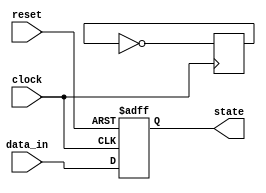
module event_control (
    input wire clock,          // Clock signal
    input wire reset,          // Asynchronous reset signal
    input wire [3:0] data_in,  // Input data
    output reg [3:0] state     // Output state
);

    // Synchronous reset and state update on clock edges
    always @(posedge clock or negedge reset) begin
        if (!reset) begin
            state <= 4'b0000;  // Reset state
        end else begin
            // Update state based on input data
            state <= data_in;   // Update state on positive edge
        end
    end

    // Additional logic on negative edge of clock
    always @(negedge clock) begin
        // Example operation on negative edge
        // This could involve other state transitions or operations
        // For demonstration, we will just toggle the least significant bit
        state[0] <= ~state[0];
    end

endmodule